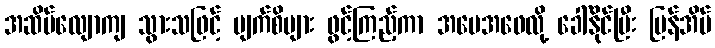
အဆိပ်လျောကျ သွားသဖြင့် မျက်စိများ ဖွင့်ကြည့်ကာ အမေအဖေလို့ ခေါ်နိုင်ပြီး ပြန်အိပ်